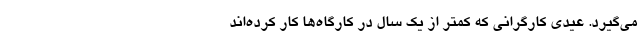
می‌گیرد. عیدی کارگرانی که کمتر از یک سال در کارگاه‌ها کار کرده‌اند